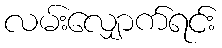
လမ်းလျှောက်ရင်း